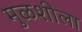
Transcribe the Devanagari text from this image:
मुळशीला